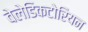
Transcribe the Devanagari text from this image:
वेलेडिकटोरियन